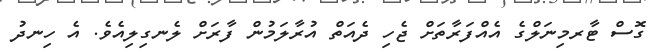
ގޮސް ޓާރމިނަލްގެ އެއްފަރާތަށް ޖެހި ދެއަތް އުރާލަމުން ފާރަށް ލެނގިލިއެވެ. އެ ހިނދު